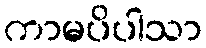
ကာမပိပါသာ